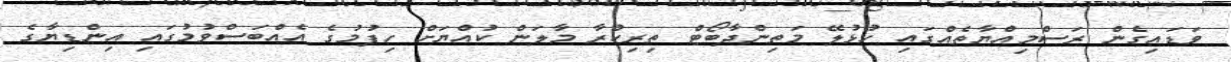
ވަޑައިގެން ރަސްމިއްޔާތެއްގައި ހުޅުލޭ މަތިންދާބޯޓް ތިރިކުރާ މާލަން ކުއްޔަށް ހިފުމުގެ އެއްބަސްވުމުގައި އިންޑިޔާގެ